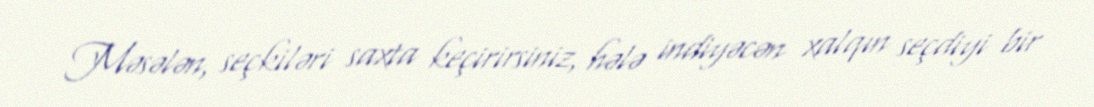
Məsələn, seçkiləri saxta keçirirsiniz, hələ indiyəcən xalqın seçdiyi bir